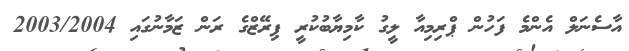
އާސެނަލް އެންމެ ފަހުން ޕްރިމިއާ ލީގު ކާމިޔާބުކުރީ ޕިރޭޒްގެ ރަން ޒަމާނުގައި 2003/2004